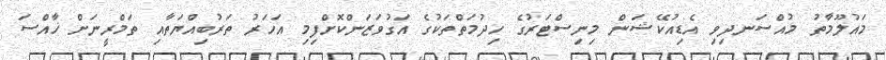
މައުލޫމާތު މުއްސަނދިވި އެޑިއުކޭޝަން މިނިސްޓަރުގެ ހިދުމަތްތަކުގެ އަގުވަޒަންކޮށްފިމި އަހަރު ތަރުބިއްޔަތާއި ތަމްރީނަށް ޚާއްސަ